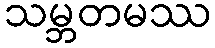
သမ္ဘတမဿ